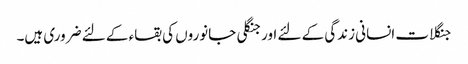
جنگلات انسانی زندگی کے لئے اورجنگلی جانوروں کی بقاء کے لئے ضروری ہیں۔